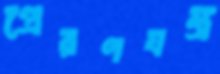
প্রেরণযন্ত্র